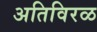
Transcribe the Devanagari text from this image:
अतिविरळ